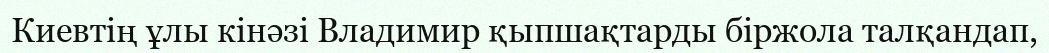
Киевтің ұлы кінәзі Владимир қыпшақтарды біржола талқандап,